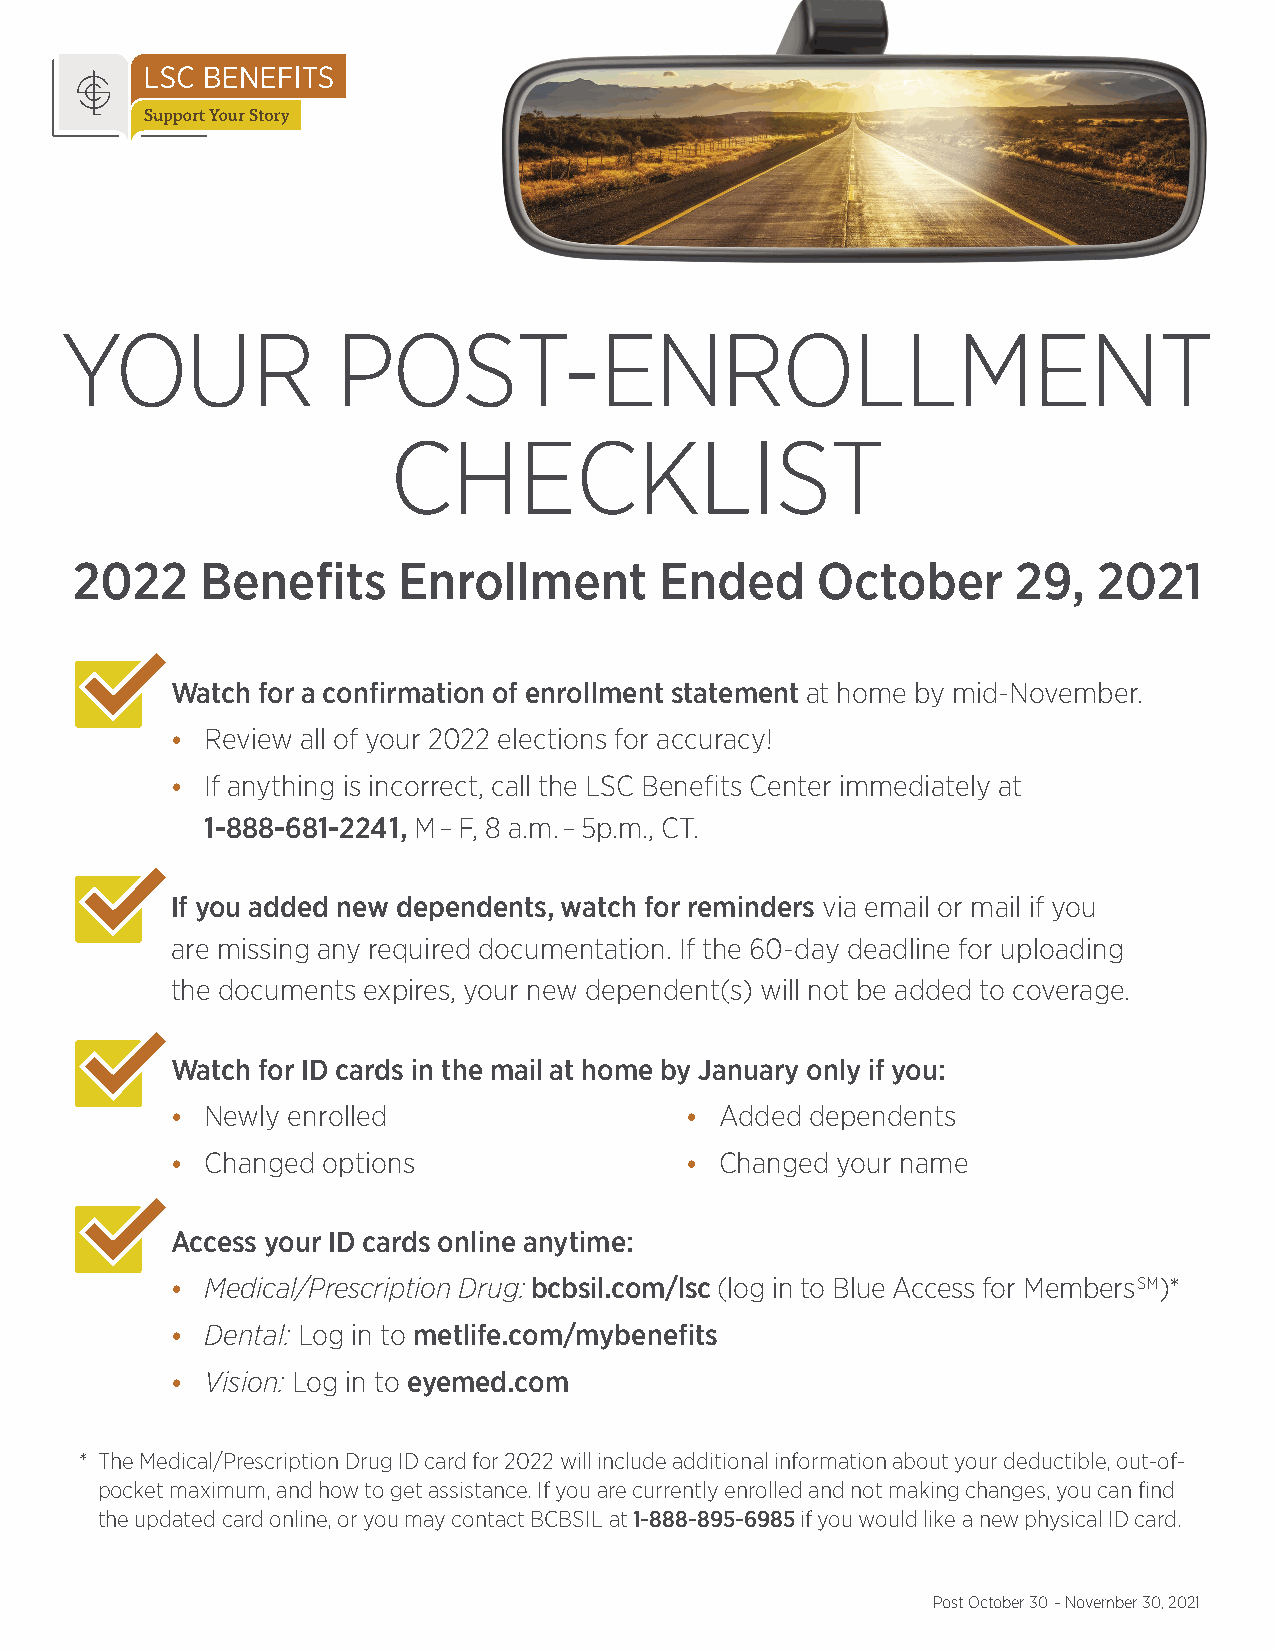
YOUR              POST-ENROLLMENT
 CHECKLIST
 2022    Benefits     Enrollment        Ended     October      29,   2021
 Watch for a confirmation of enrollment statement at home by mid-November.
 •  Review all of your 2022 elections for accuracy!
 •  If anything is incorrect, call the LSC Benefits Center immediately at
 1-888-681-2241, M – F, 8 a.m. – 5p.m., CT.
 If you added new dependents, watch for reminders via email or mail if you
 are missing any required documentation. If the 60-day deadline for uploading
 the documents expires, your new dependent(s) will not be added to coverage.
 Watch for ID cards in the mail at home by January only if you:
 •  Newly enrolled                 •  Added dependents
 •  Changed options                •  Changed your name
 Access your ID cards online anytime:
 •  Medical/Prescription Drug: bcbsil.com/lsc (log in to Blue Access for MembersSM)*
 •  Dental: Log in to metlife.com/mybenefits
 •  Vision: Log in to eyemed.com
 * The Medical/Prescription Drug ID card for 2022 will include additional information about your deductible, out-of-
 pocket maximum, and how to get assistance. If you are currently enrolled and not making changes, you can find
 the updated card online, or you may contact BCBSIL at 1-888-895-6985 if you would like a new physical ID card.
 Post October 30 – November 30, 2021